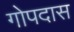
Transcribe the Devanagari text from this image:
गोपदास